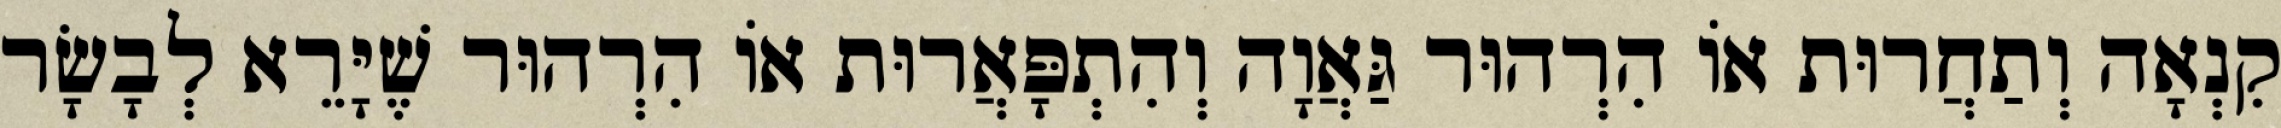
קִנְאָה וְתַחֲרוּת אוֹ הִרְהוּר גַּאֲוָה וְהִתְפָּאֲרוּת אוֹ הִרְהוּר שֶׁיָּרֵא לְבָשָׂר